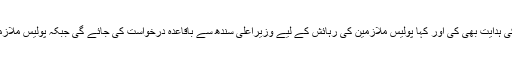
امجد جاوید سلیمی نے پولیس ملازمین کے لیے انشورنش کمپنیوں سے رابطے اور سفارشات کی ہدایت بھی کی اور کہا پولیس ملازمین کی رہائش کے لیے وزیراعلیٰ سندھ سے باقاعدہ درخواست کی جائے گی جبکہ پولیس ملازمین کو فرائض منصبی میں درپیش قانونی مسائل پر 5لاکھ تک کی امداد کی منظوری بھی دی۔